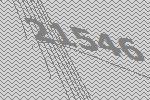
21546